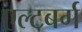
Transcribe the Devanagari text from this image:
एल्टबर्ग